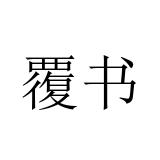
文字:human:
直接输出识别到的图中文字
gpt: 覆书